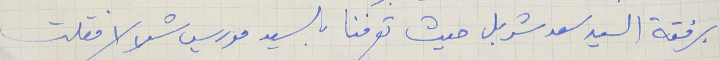
برفقة السيد سعد شربل حيث تعرفنا بالسيد موريس شلالا فقلت